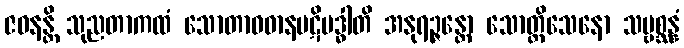
ဇဝနန္တိ သုညတာကထံ သောတာဝဓာနပဋိဗဒ္ဓါတိ အနုရဉ္ဇန္တော သောတ္ထိသေနော သဗ္ဗစ္ဆန္နံ